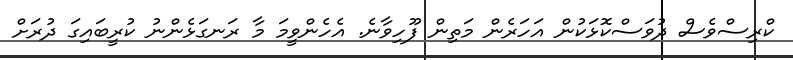
ކްރިސްވެސް ދުވަސްކޮޅަކުން އަހަރެން މަތިން ފޫހިވާނެ. އެހެންވީމަ މާ ރަނގަޅެންނު ކުރީބައިގަ ދުރަށް